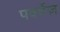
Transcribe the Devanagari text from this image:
पर्क्वेज़